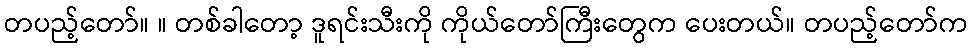
တပည့်တော်။ ။ တစ်ခါတော့ ဒူရင်းသီးကို ကိုယ်တော်ကြီးတွေက ပေးတယ်။ တပည့်တော်က